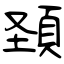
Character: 頚